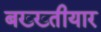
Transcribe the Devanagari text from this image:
बख्ख्तीयार